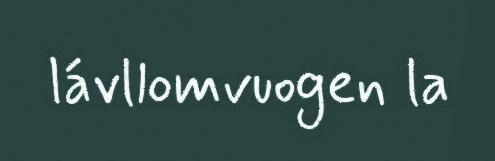
lávllomvuogen la